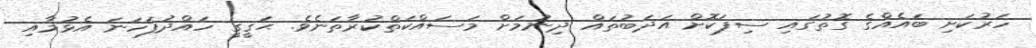
ހަރުކަށި ބައެއްގެ ގޮތުގައި ސިފަކޮށް އަދަބުތައް ދިނުމަށް މަސައްކަތްކުރާތަނެވެ. ޙަޤީޤީ ހައްދުފަހަނަ އެޅުމާއި